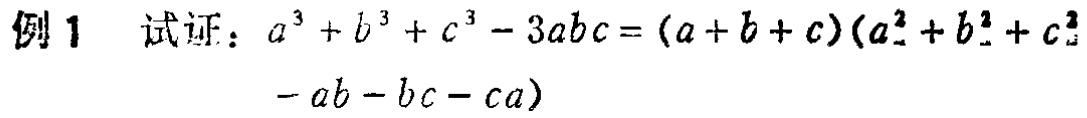
例1 试证：$a^{3}+b^{3}+c^{3}-3abc=(a + b + c)(a^{2}+b^{2}+c^{2}-ab - bc - ca)$